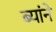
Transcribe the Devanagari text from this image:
ब्यांने